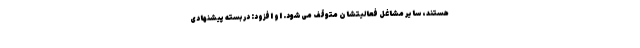
هستند، سایر مشاغل فعالیتشان متوقف می‌شود. او افزود: در بسته پیشنهادی